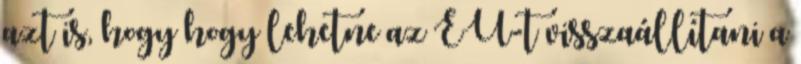
azt is, hogy hogy lehetne az EU-t visszaállítani a